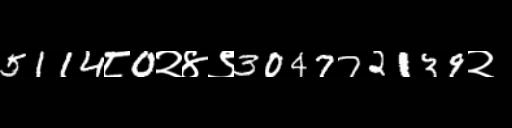
Text: 5114८0२४९304772139२